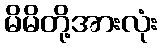
မိမိတို့အားလုံး